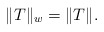
\begin{align*}\|T\|_w=\|T\|.\end{align*}